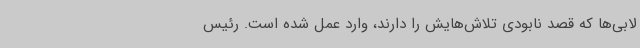
لابی‌ها که قصد نابودی تلاش‌هایش را دارند، وارد عمل شده است. رئیس